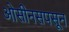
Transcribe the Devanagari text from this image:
ओसीनसपसून